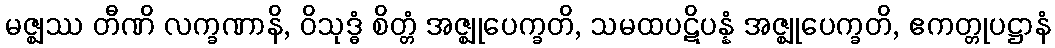
မဇ္ဈဿ တီဏိ လက္ခဏာနိ, ဝိသုဒ္ဓံ စိတ္တံ အဇ္ဈုပေက္ခတိ, သမထပဋိပန္နံ အဇ္ဈုပေက္ခတိ, ဧကတ္တုပဋ္ဌာနံ